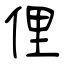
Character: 俚